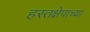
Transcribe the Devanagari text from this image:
हस्तक्षेपाच्या